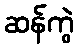
ဆန်ကွဲ